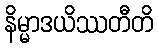
နိမ္မာဒယိဿတီတိ